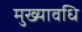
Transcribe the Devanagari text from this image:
मुख्यावधि